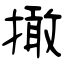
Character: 撖